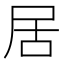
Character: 居